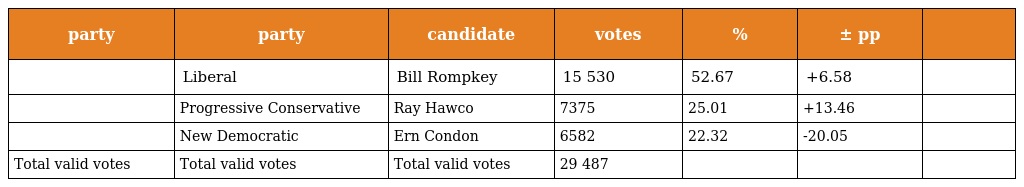
| party | party | candidate | votes | % | ± pp |  |
 | --- | --- | --- | --- | --- | --- | --- |
 |  | Liberal | Bill Rompkey | 15 530 | 52.67 | +6.58 |  |
 |  | Progressive Conservative | Ray Hawco | 7375 | 25.01 | +13.46 |  |
 |  | New Democratic | Ern Condon | 6582 | 22.32 | -20.05 |  |
 | Total valid votes | Total valid votes | Total valid votes | 29 487 |  |  |  |